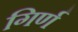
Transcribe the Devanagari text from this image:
गिर्ण